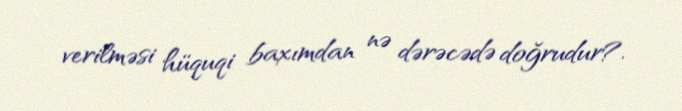
verilməsi hüquqi baxımdan nə dərəcədə doğrudur?.